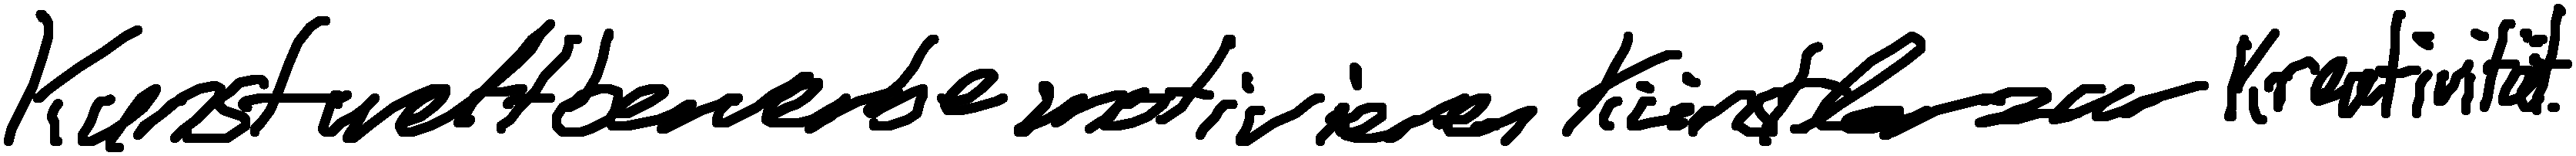
Kunstwettbewerbe motivieren Künstler zur Kreativität.